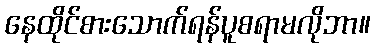
နေထိုင်စားသောက်ရန်ပူစရာမလိုဘာ။